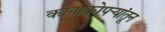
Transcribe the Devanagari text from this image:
कानाकोपर्‍यांतून